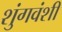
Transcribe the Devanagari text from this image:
शुंगवंशी